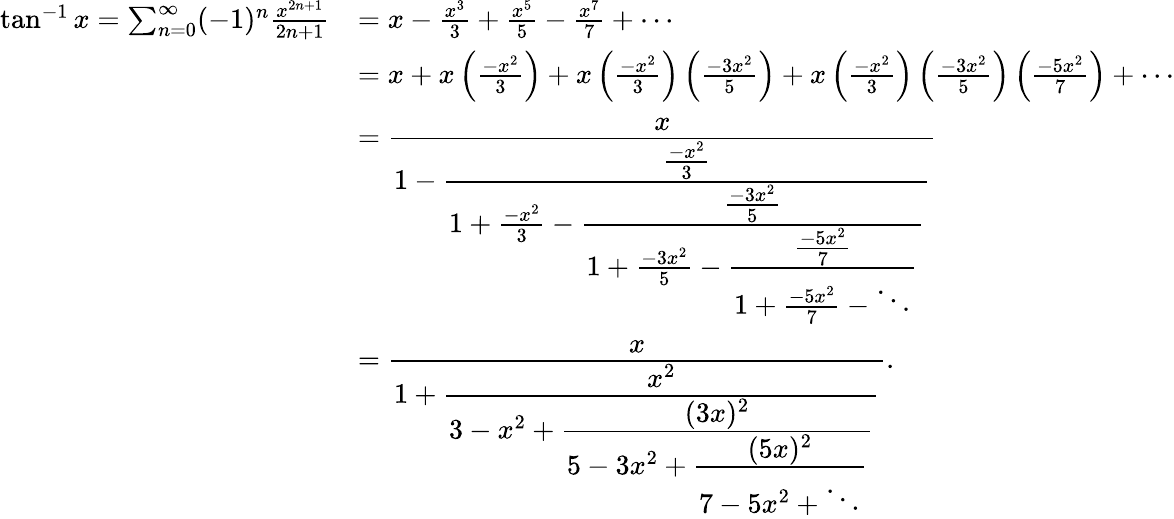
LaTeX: {\begin{array}{rl}{\tan^{-1}x=\sum_{n=0}^{\infty}(-1)^{n}{\frac{x^{2n+1}}{2n+1}}}&{=x-{\frac{x^{3}}{3}}+{\frac{x^{5}}{5}}-{\frac{x^{7}}{7}}+\cdots}\\ &{=x+x\left({\frac{-x^{2}}{3}}\right)+x\left({\frac{-x^{2}}{3}}\right)\left({\frac{-3x^{2}}{5}}\right)+x\left({\frac{-x^{2}}{3}}\right)\left({\frac{-3x^{2}}{5}}\right)\left({\frac{-5x^{2}}{7}}\right)+\cdots}\\ &{={\cfrac{x}{1-{\cfrac{\frac{-x^{2}}{3}}{1+{\frac{-x^{2}}{3}}-{\cfrac{\frac{-3x^{2}}{5}}{1+{\frac{-3x^{2}}{5}}-{\cfrac{\frac{-5x^{2}}{7}}{1+{\frac{-5x^{2}}{7}}-\ddots}}}}}}}}}\\ &{={\cfrac{x}{1+{\cfrac{x^{2}}{3-x^{2}+{\cfrac{(3x)^{2}}{5-3x^{2}+{\cfrac{(5x)^{2}}{7-5x^{2}+\ddots}}}}}}}}.}\end{array}}